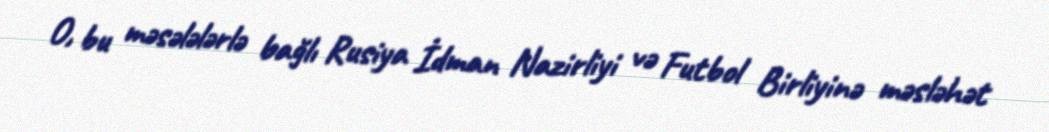
O, bu məsələlərlə bağlı Rusiya İdman Nazirliyi və Futbol Birliyinə məsləhət